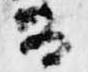
尚